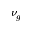
\nu _ { g }